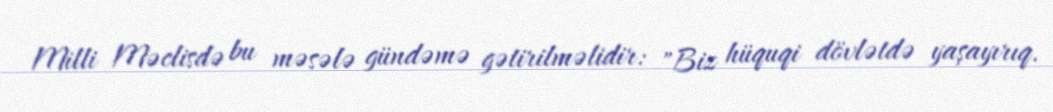
Milli Məclisdə bu məsələ gündəmə gətirilməlidir: "Biz hüquqi dövlətdə yaşayırıq.